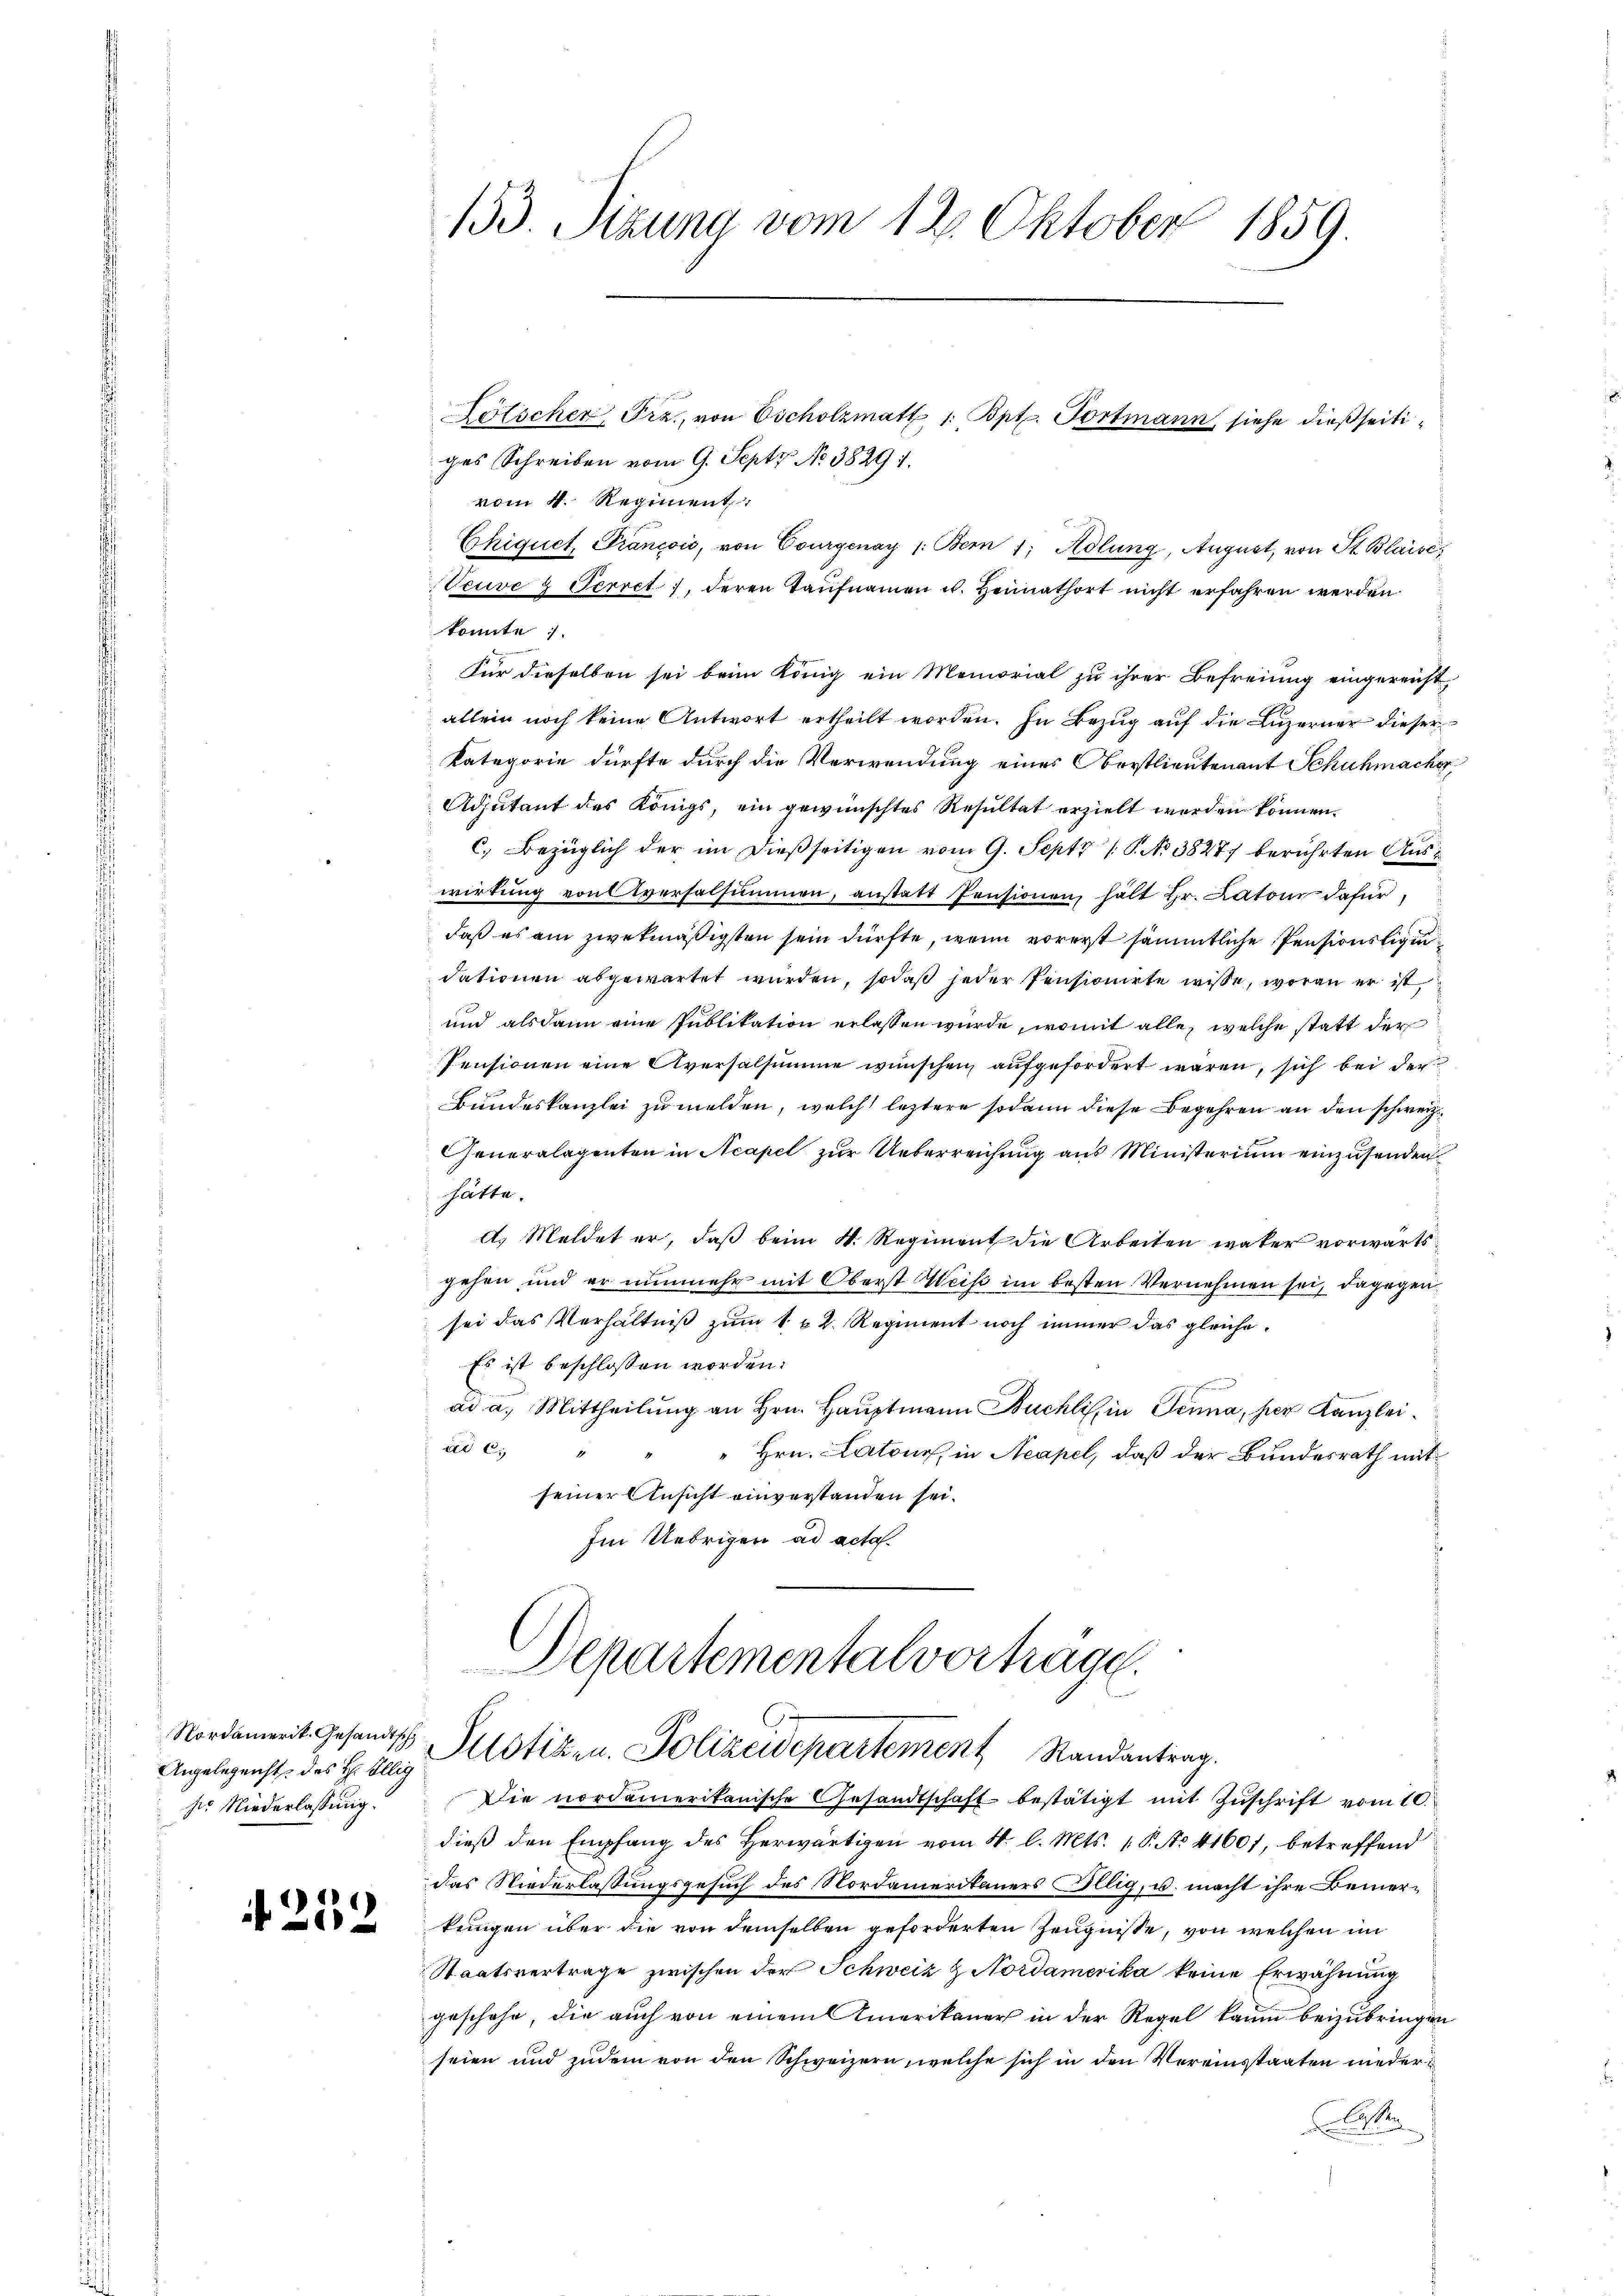
Nordamerik. Gesandtsch
Angelegenst des H: öllig
ser Niederlassung.

252

133. Sizung vom 12. Oktober 1859.

ges Schreiben vom 9. Septz No. 38291.
vom 4. Regiment,
Chiquet Prancois, von Courgenay /: Bern 1; Adlung, August, von St. Blaisc
Veuve 3 Perret, deren Taufnamen u. Heimathort nicht erfahren werden.
konnte :
Für dieselben sei beim König ein Memorial zu ihrer Befreiung eingereicht,
allein noch keine Antwort ertheilt worden. In Bezug auf die Luzerner dieser
Kategorie dürfte durch die Verwendung eines Oberstlieutenant Schuhmacher
Adjutant des Königs, ein gewünschtes Resultat erzielt werden können.
c.) Bezüglich der im dießseitigen vom 9. Sept. 1 P. No 38277 berührten Auswirkung von versalsummen, anstatt Pensionen, hält Hr. Latoir dafür,
daß es am zwekmäßigsten sein dürfte, wenn vorerst sämmtliche Pensionstigun
dationen abgewartet wurden, sodaß jeder Pensionirte wisse, woran er ist
und alsdann eine Publikation erlassen wurde, womit alle, welche statt der
Pensionen eine Aversalsumme wünschen aufgefordert waren, sich bei der
Bundeskanzlei zu melden, welch leztere sodann diese Begehren an den schweiz.
Cheneralagenten in Acapel zur Ueberreichung aus Ministerium einzusenden
hätte.
d. Meldet er, daß beim N. Regiment die Arbeiten waker vorwärts
gehen, und er nunmehr mit Oberst Weis im besten Vernehmen sei, dagegen
sei das Verhältniß zum 1. 2. Regiment noch immer das gleiche¬
Es ist beschlossen worden.
ad a. Mittheilung an Hrn. Hauptmann Buchli, in Tenna, per Kanzleiad C. "
" Hrn. Latour, in Neapel, daß der Bundesrath mit
seiner Ansicht einverstanden sei.
Im Uebrigen ad acta.

Lölscher Frz., von Oscholzmatt 1. Bpt. Portmann, siehe dießseiti¬

Departemental vorträge.
C
Justizen. Polizeidepartement Randantrag.

Die nordamerikanische Gesandtschaft bestätigt mit Zŭschrift vom 10.
dieβ den Empfang des herwärtigen vom 4. l. Mts. 1. P. No. 41601, betreffend
das Niederlassungsgesuch des Nordamerikauers illig, u. macht ihre Bemerkungen über die von demselben geforderten Zeugnisse, von welchen im
Staatsvertrage zwischen der Schweiz & Nordamerika keine Erwähnung
geschehe, die auch von einem Amerikaner in der Regel kaum beizubringen
seien und zudem von den Schweizern, welche sich in den Vereinstaaten nieder
A